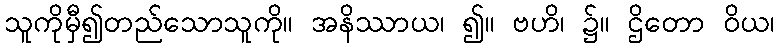
သူကိုမှီ၍တည်သောသူကို။ အနိဿာယ၊ ၍။ ဗဟိ၊ ၌။ ဌိတော ဝိယ၊